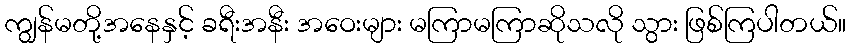
ကျွန်မတို့အနေနှင့် ခရီးအနီး အဝေးများ မကြာမကြာဆိုသလို သွား ဖြစ်ကြပါတယ်။